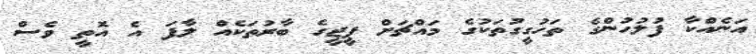
އަނެއްކާ ފުލުހުންގެ ތަހުގީގުތަކުގެ މައްޗަށް ޕީޖީގެ ބާރުތަކެއް ލާފަ އެ އޮތީ ވެސް